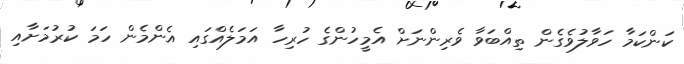
ކަންކަމާ ހަވާލުވެގެން ތިއްބަވާ ވެރިންނަށް އެމީހުންގެ ހުރިހާ އަމަލެއްގައި އެންމެން ހަމަ ކުރުމަށާއި